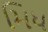
મિધ